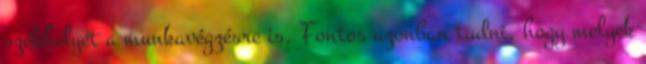
székhelyét a munkavégzésre is. Fontos azonban tudni, hogy melyek